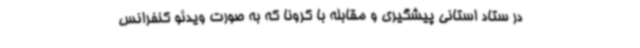
در ستاد استانی پیشگیری و مقابله با کرونا که به ‌صورت ویدئو کنفرانس